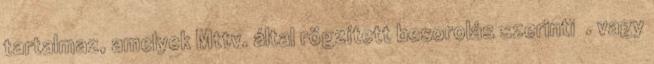
tartalmaz, amelyek Mttv. által rögzített besorolás szerinti Ⅴ. vagy